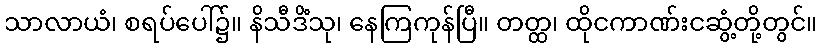
သာလာယံ၊ စရပ်ပေါ်၌။ နိသီဒိံသု၊ နေကြကုန်ပြီ။ တတ္ထ၊ ထိုငကာဏ်းငဆွံ့တို့တွင်။